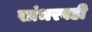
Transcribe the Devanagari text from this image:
सांभरवडी